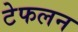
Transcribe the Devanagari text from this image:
टेफलन